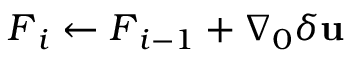
\boldsymbol { F } _ { i } \gets \boldsymbol { F } _ { i - 1 } + \nabla _ { 0 } \delta \mathbf { u }